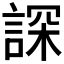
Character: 𧨾